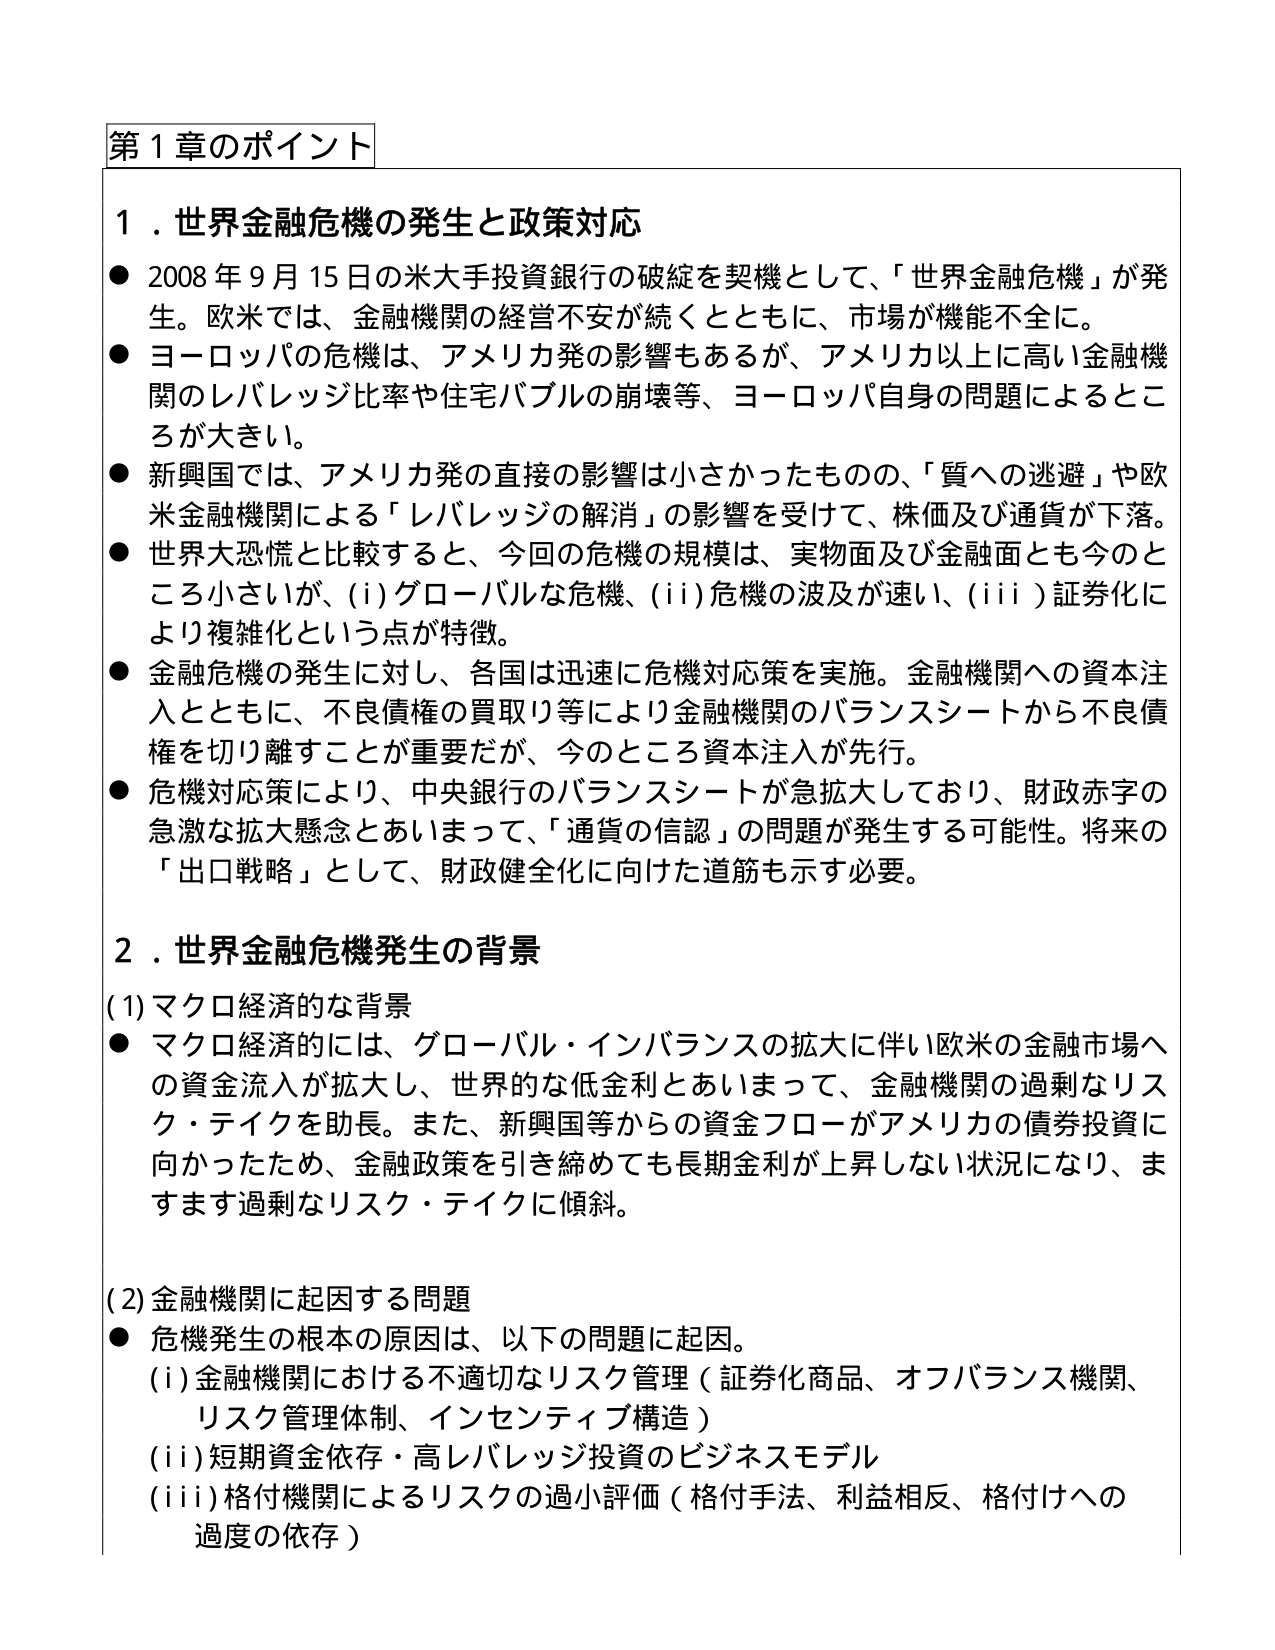
第１章のポイント

１．世界金融危機の発生と政策対応
● 2008年9月15日の米大手投資銀行の破綻を契機として、「世界金融危機」が発生。欧米では、金融機関の経営不安が続くとともに、市場が機能不全に。
● ヨーロッパの危機は、アメリカ発の影響もあるが、アメリカ以上に高い金融機関のレバレッジ比率や住宅バブルの崩壊等、ヨーロッパ自身の問題によるところが大きい。
● 新興国では、アメリカ発の直接の影響は小さかったものの、「質への逃避」や欧米金融機関による「レバレッジの解消」の影響を受けて、株価及び通貨が下落。
● 世界大恐慌と比較すると、今回の危機の規模は、実物面及び金融面とも今のところ小さいが、(i)グローバルな危機、(ii)危機の波及が速い、(iii)証券化により複雑化という点が特徴。
● 金融危機の発生に対し、各国は迅速に危機対応策を実施。金融機関への資本注入とともに、不良債権の買取り等により金融機関のバランスシートから不良債権を切り離すことが重要だが、今のところ資本注入が先行。
● 危機対応策により、中央銀行のバランスシートが急拡大しており、財政赤字の急激な拡大懸念とあいまって、「通貨の信認」の問題が発生する可能性。将来の「出口戦略」として、財政健全化に向けた道筋も示す必要。

２．世界金融危機発生の背景
(1)マクロ経済的な背景
● マクロ経済的には、グローバル・インバランスの拡大に伴い欧米の金融市場への資金流入が拡大し、世界的な低金利とあいまって、金融機関の過剰なリスク・テイクを助長。また、新興国等からの資金フローがアメリカの債券投資に向かったため、金融政策を引き締めても長期金利が上昇しない状況になり、ますます過剰なリスク・テイクに傾斜。

(2)金融機関に起因する問題
● 危機発生の根本的原因は、以下の問題に起因。
(i)金融機関における不適切なリスク管理（証券化商品、オフバランス機関、リスク管理体制、インセンティブ構造）
(ii)短期資金依存・高レバレッジ投資のビジネスモデル
(iii)格付機関によるリスクの過小評価（格付手法、利益相反、格付けへの過度の依存）